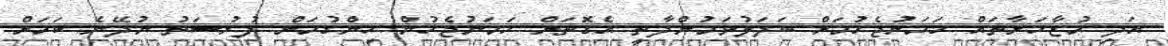
އަދި މުޒާހަރާތައް ހަމަނުޖެހުމަށް ބަދަލުވަމުންދާތީ އެގޮތަށް ހަމަނުޖެހުން ހިންގުމަށް ފުރުސަތު ނުދޭނެ ކަމަށް